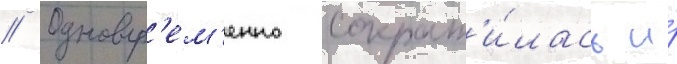
// Одновр'ем'енно сократ'и́лась и́